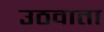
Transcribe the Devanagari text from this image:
उठवाता